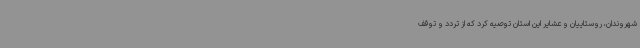
شهروندان، روستاییان و عشایر این استان توصیه کرد که از تردد و توقف